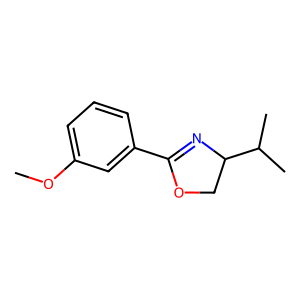
SMILES: COc1cccc(C2=NC(C(C)C)CO2)c1
Inhibits HIV replication: No